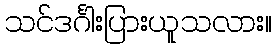
သင်ဒင်္ဂါးပြားယူသလား။